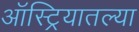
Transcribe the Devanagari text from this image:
ऑस्ट्रियातल्या